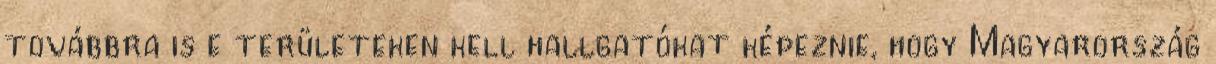
továbbra is e területeken kell hallgatókat képeznie, hogy Magyarország